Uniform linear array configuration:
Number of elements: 48
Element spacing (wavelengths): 0.75
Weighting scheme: exponential
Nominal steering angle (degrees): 15
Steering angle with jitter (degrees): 14.49
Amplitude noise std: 0.05
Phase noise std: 0.05

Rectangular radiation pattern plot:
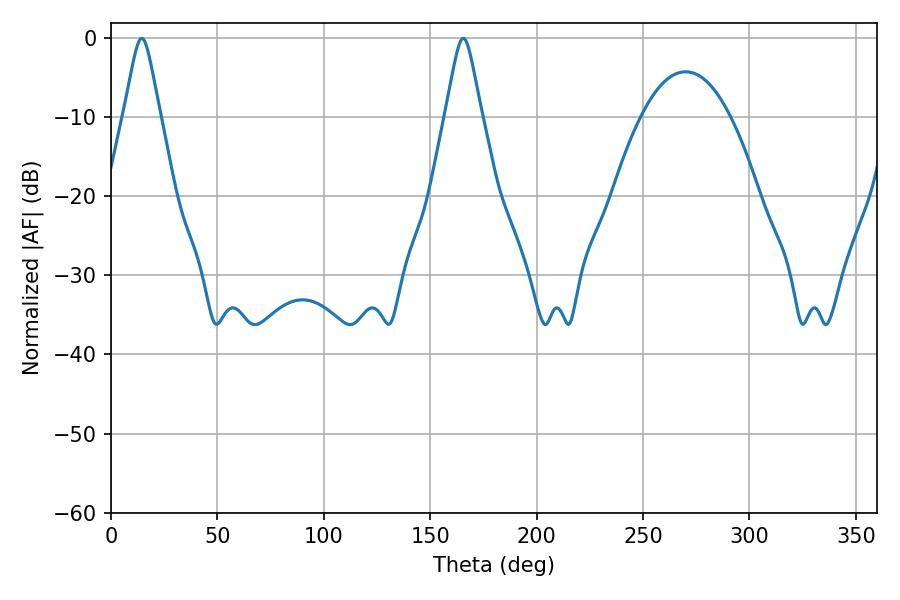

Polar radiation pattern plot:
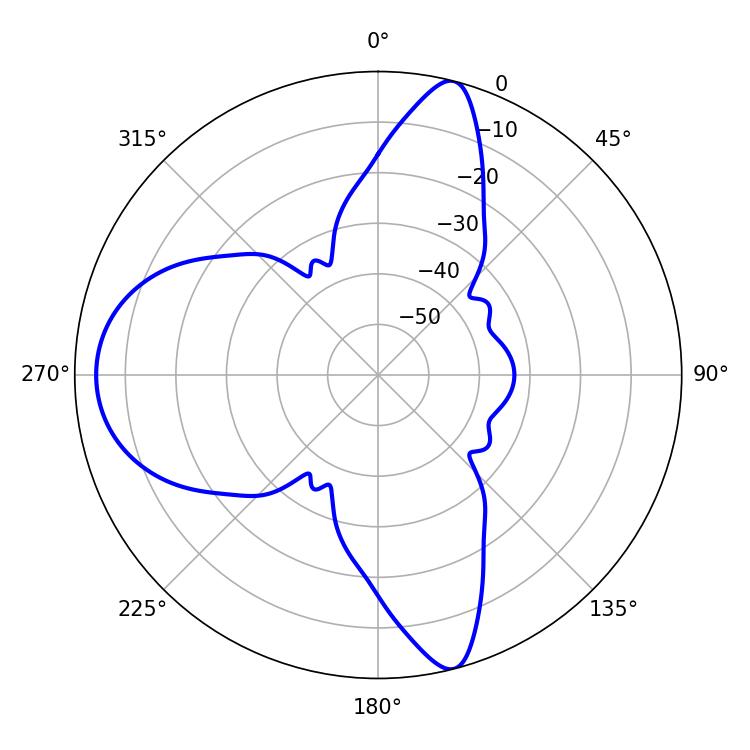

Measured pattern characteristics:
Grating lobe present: TRUE
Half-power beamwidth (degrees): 7.92
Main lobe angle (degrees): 14.4